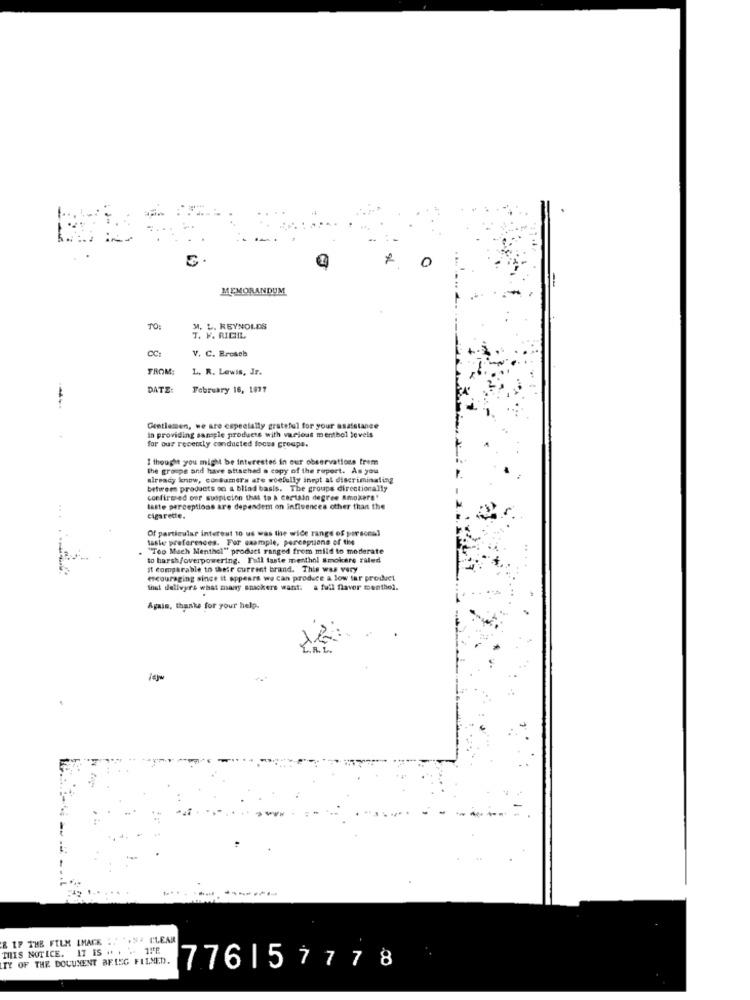
0
MEMORANDUM
TO:
M. L. REYNOLDS
T. V. RICIL
CC:
V. C. Brosch
FROM:
L. R. Lewis, Jr.
DATE:
February 16, 1877
--
Gentlemen, we are especially grateful for your asaletane
in providing sample products with various menthol levels
for our recently conducted focus groups.
I thought you might be interested in our observations from
the groups and have attached a copy of the report. As you
already know, consumers are woefully inryt al discriminating
between products on a blind basis. The groups directionally
confirmed oor suspicion that to a certain degree Smokers'
taste perceptions are dependem on infisences other than the
cigarette.
Of particular interest to us was the wide range of personal
saste preferences. For example, perceptions of time
"Too Much Menthol" product ranged from mild to moderate
to harsh/overpowering. Full taste menthol Smokere raled
it comparable to their current brand. This was very
encouraging since it appears we can produce a low tar prouvet
What delivers what many smokers want: a full flavor menthol.
Again, thanks for your help.
& IF THE FILM IMACK :. .. S. CLEAR
THIS NOTICE. 17 IS .. . . 1VE
TY OF THE DOCUMENT BEISG FILNED.
776157778